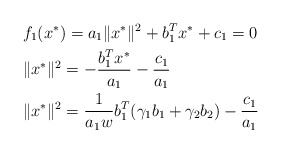
\begin{align*} &f_1(x^*)=a_1\|x^*\|^2+b_1^T{x^*}+c_1=0\\ &\|x^*\|^2=-\frac{b_1^T{x^*}}{a_1}-\frac{c_1}{a_1}\\ &\|x^*\|^2=\frac{1}{a_1w}b_1^T(\gamma_1 b_1+\gamma_2 b_2)-\frac{c_1}{a_1} \end{align*}